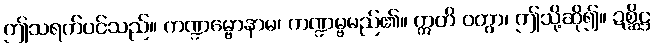
ဤသရက်ပင်သည်။ ကဏ္ဍမ္ဗောနာမ၊ ကဏ္ဍမ္ဗမည်၏။ ဣတိ ဝတွာ၊ ဤသို့ဆို၍။ ဍစ္ဆိဋ္ဌ